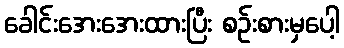
ခေါင်းအေးအေးထားပြီး စဉ်းစားမှပေါ့